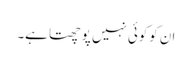
ان کوکوئی نہیں پوچھتا ہے۔